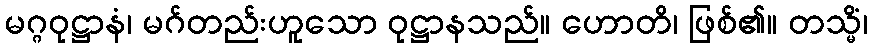
မဂ္ဂဝုဋ္ဌာနံ၊ မဂ်တည်းဟူသော ဝုဋ္ဌာနသည်။ ဟောတိ၊ ဖြစ်၏။ တသ္မိံ၊